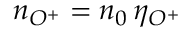
n _ { O ^ { + } } = n _ { 0 } \, \eta _ { O ^ { + } }